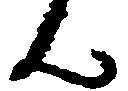
ん